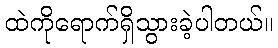
ထဲကိုရောက်ရှိသွားခဲ့ပါတယ်။